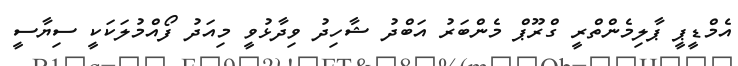
އެމްޑީޕީ ޕާލިމެންތްރީ ގްރޫޕް މެންބަރު އަބްދު ޝާހިދު ވިދާޅުވީ މިއަދު ފޯއްމުލަކަކީ ސިޔާސީ